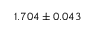
1 . 7 0 4 \pm 0 . 0 4 3